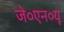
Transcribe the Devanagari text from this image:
जे०एन०यू